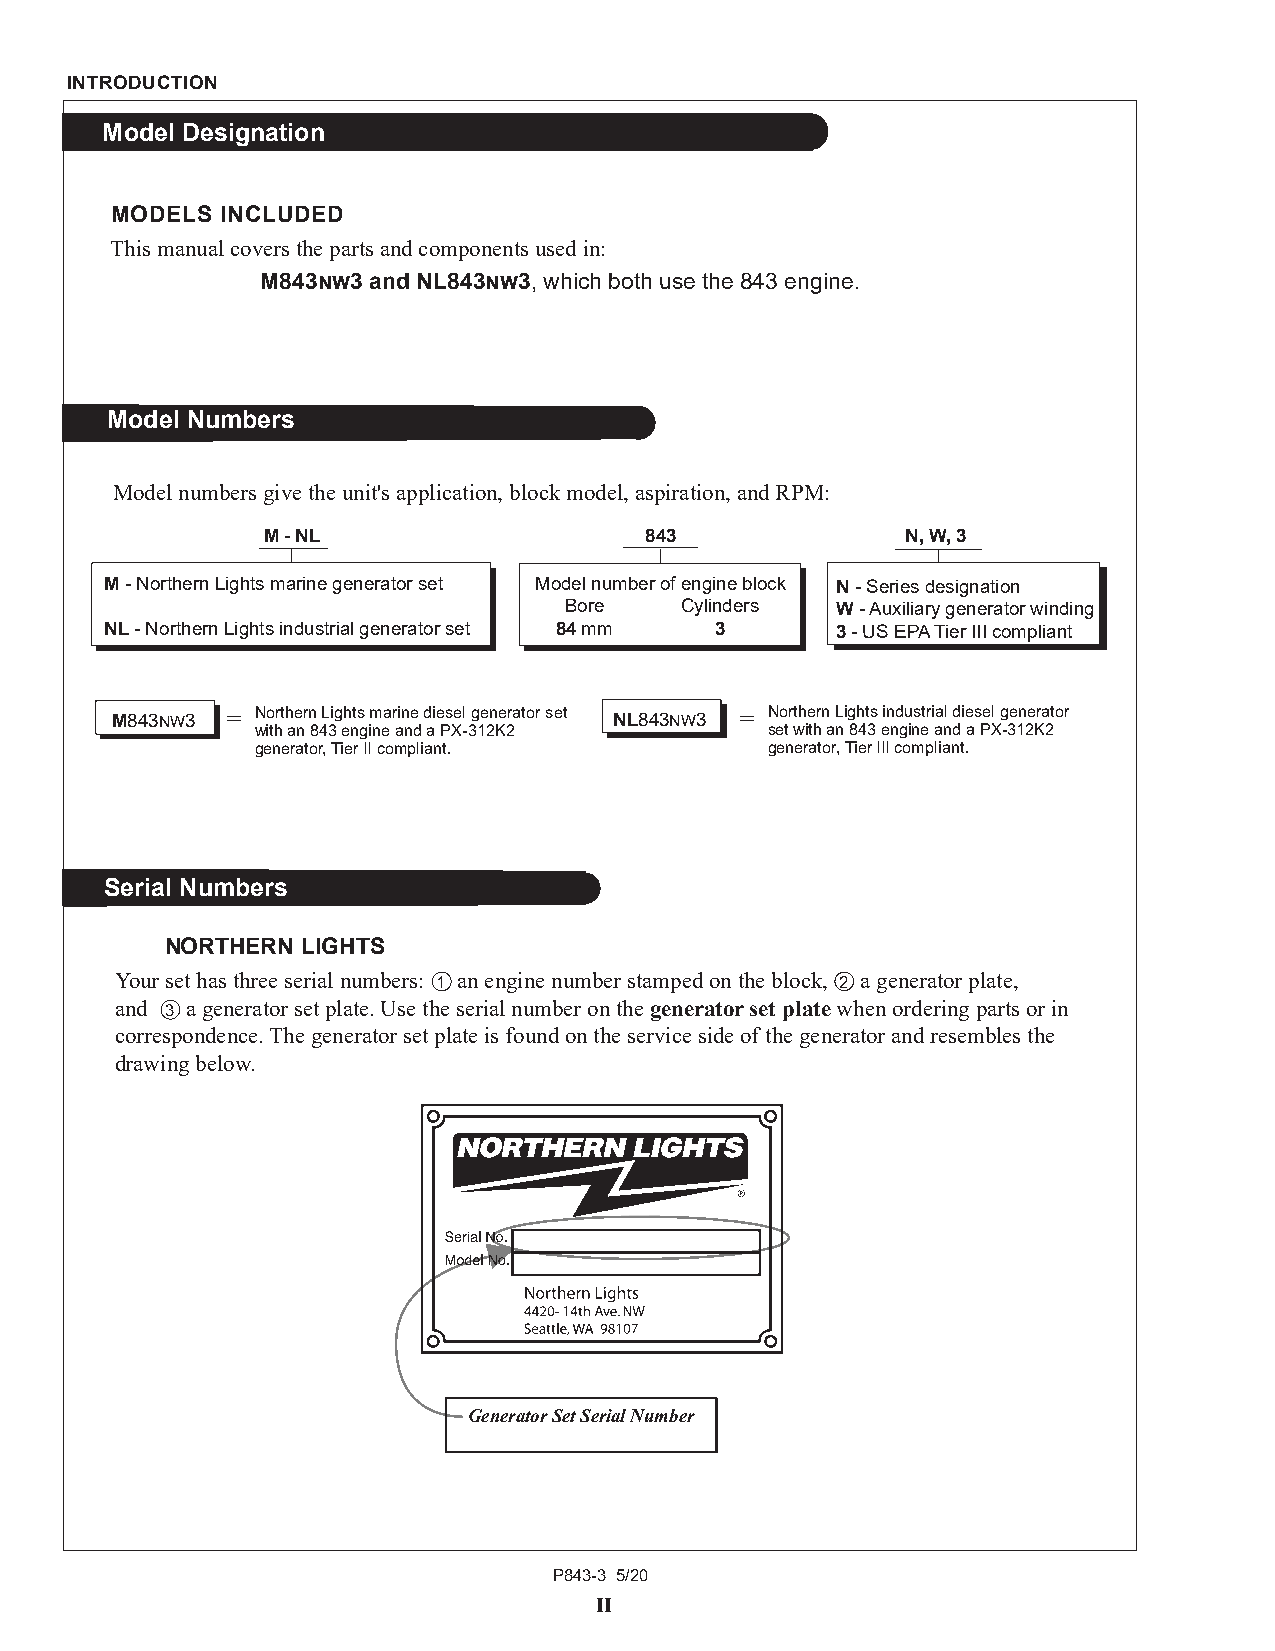
INTRODUCTION
 Model Designation
 MODELS  INCLUDED
 This manual covers the parts and components used in:
 M843nw3 and NL843nw3, which both use the 843 engine.
 Model Numbers
 Model numbers give the unit's application, block model, aspiration, and RPM:
 M - NL                    843              N, W, 3
 M - Northern Lights marine generator set Model number of engine block N - Series designation
 Bore    Cylinders W - Auxiliary generator winding
 NL - Northern Lights industrial generator set 84 mm 3 3 - US EPA Tier III compliant
 M843nw3 = Northern Lights marine diesel generator set NL843nw3 = Northern Lights industrial diesel generator
 with an 843 engine and a PX-312K2 set with an 843 engine and a PX-312K2
 generator, Tier II compliant.     generator, Tier III compliant.
 Serial Numbers
 NORTHERN LIGHTS
 Your set has three serial numbers: 1 an engine number stamped on the block, 2 a generator plate,
 and 3 a generator set plate. Use the serial number on the generator set plate when ordering parts or in
 correspondence. The generator set plate is found on the service side of the generator and resembles the
 drawing below.
 Generator Set Serial Number
 P843-3 5/20
 II